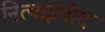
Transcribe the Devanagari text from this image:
नित्याइपोद